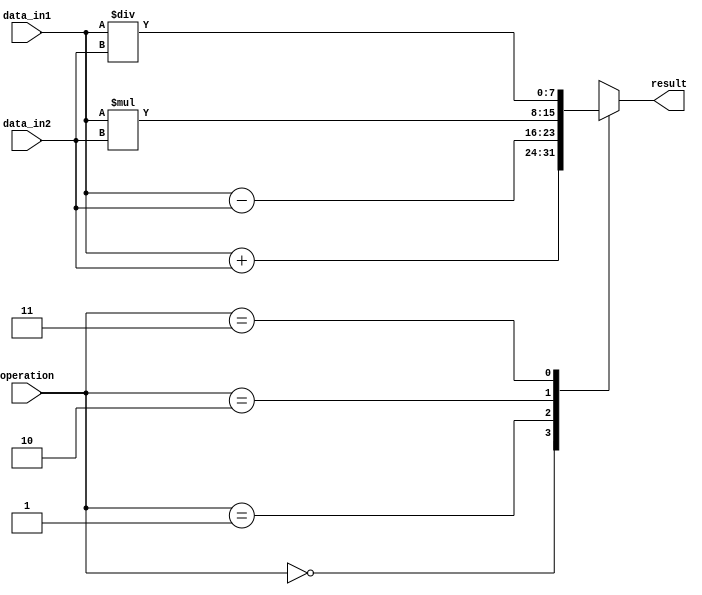
module vector_alu(
    input wire [7:0] data_in1,
    input wire [7:0] data_in2,
    input wire [1:0] operation, // 00: addition, 01: subtraction, 10: multiplication, 11: division
    output reg [7:0] result
);

always @(*) begin
    case(operation)
        2'b00: result = data_in1 + data_in2; // addition
        2'b01: result = data_in1 - data_in2; // subtraction
        2'b10: result = data_in1 * data_in2; // multiplication
        2'b11: result = data_in1 / data_in2; // division
        default: result = 0; // default to zero if invalid operation
    endcase
end

endmodule